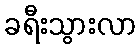
ခရီးသွားလာ